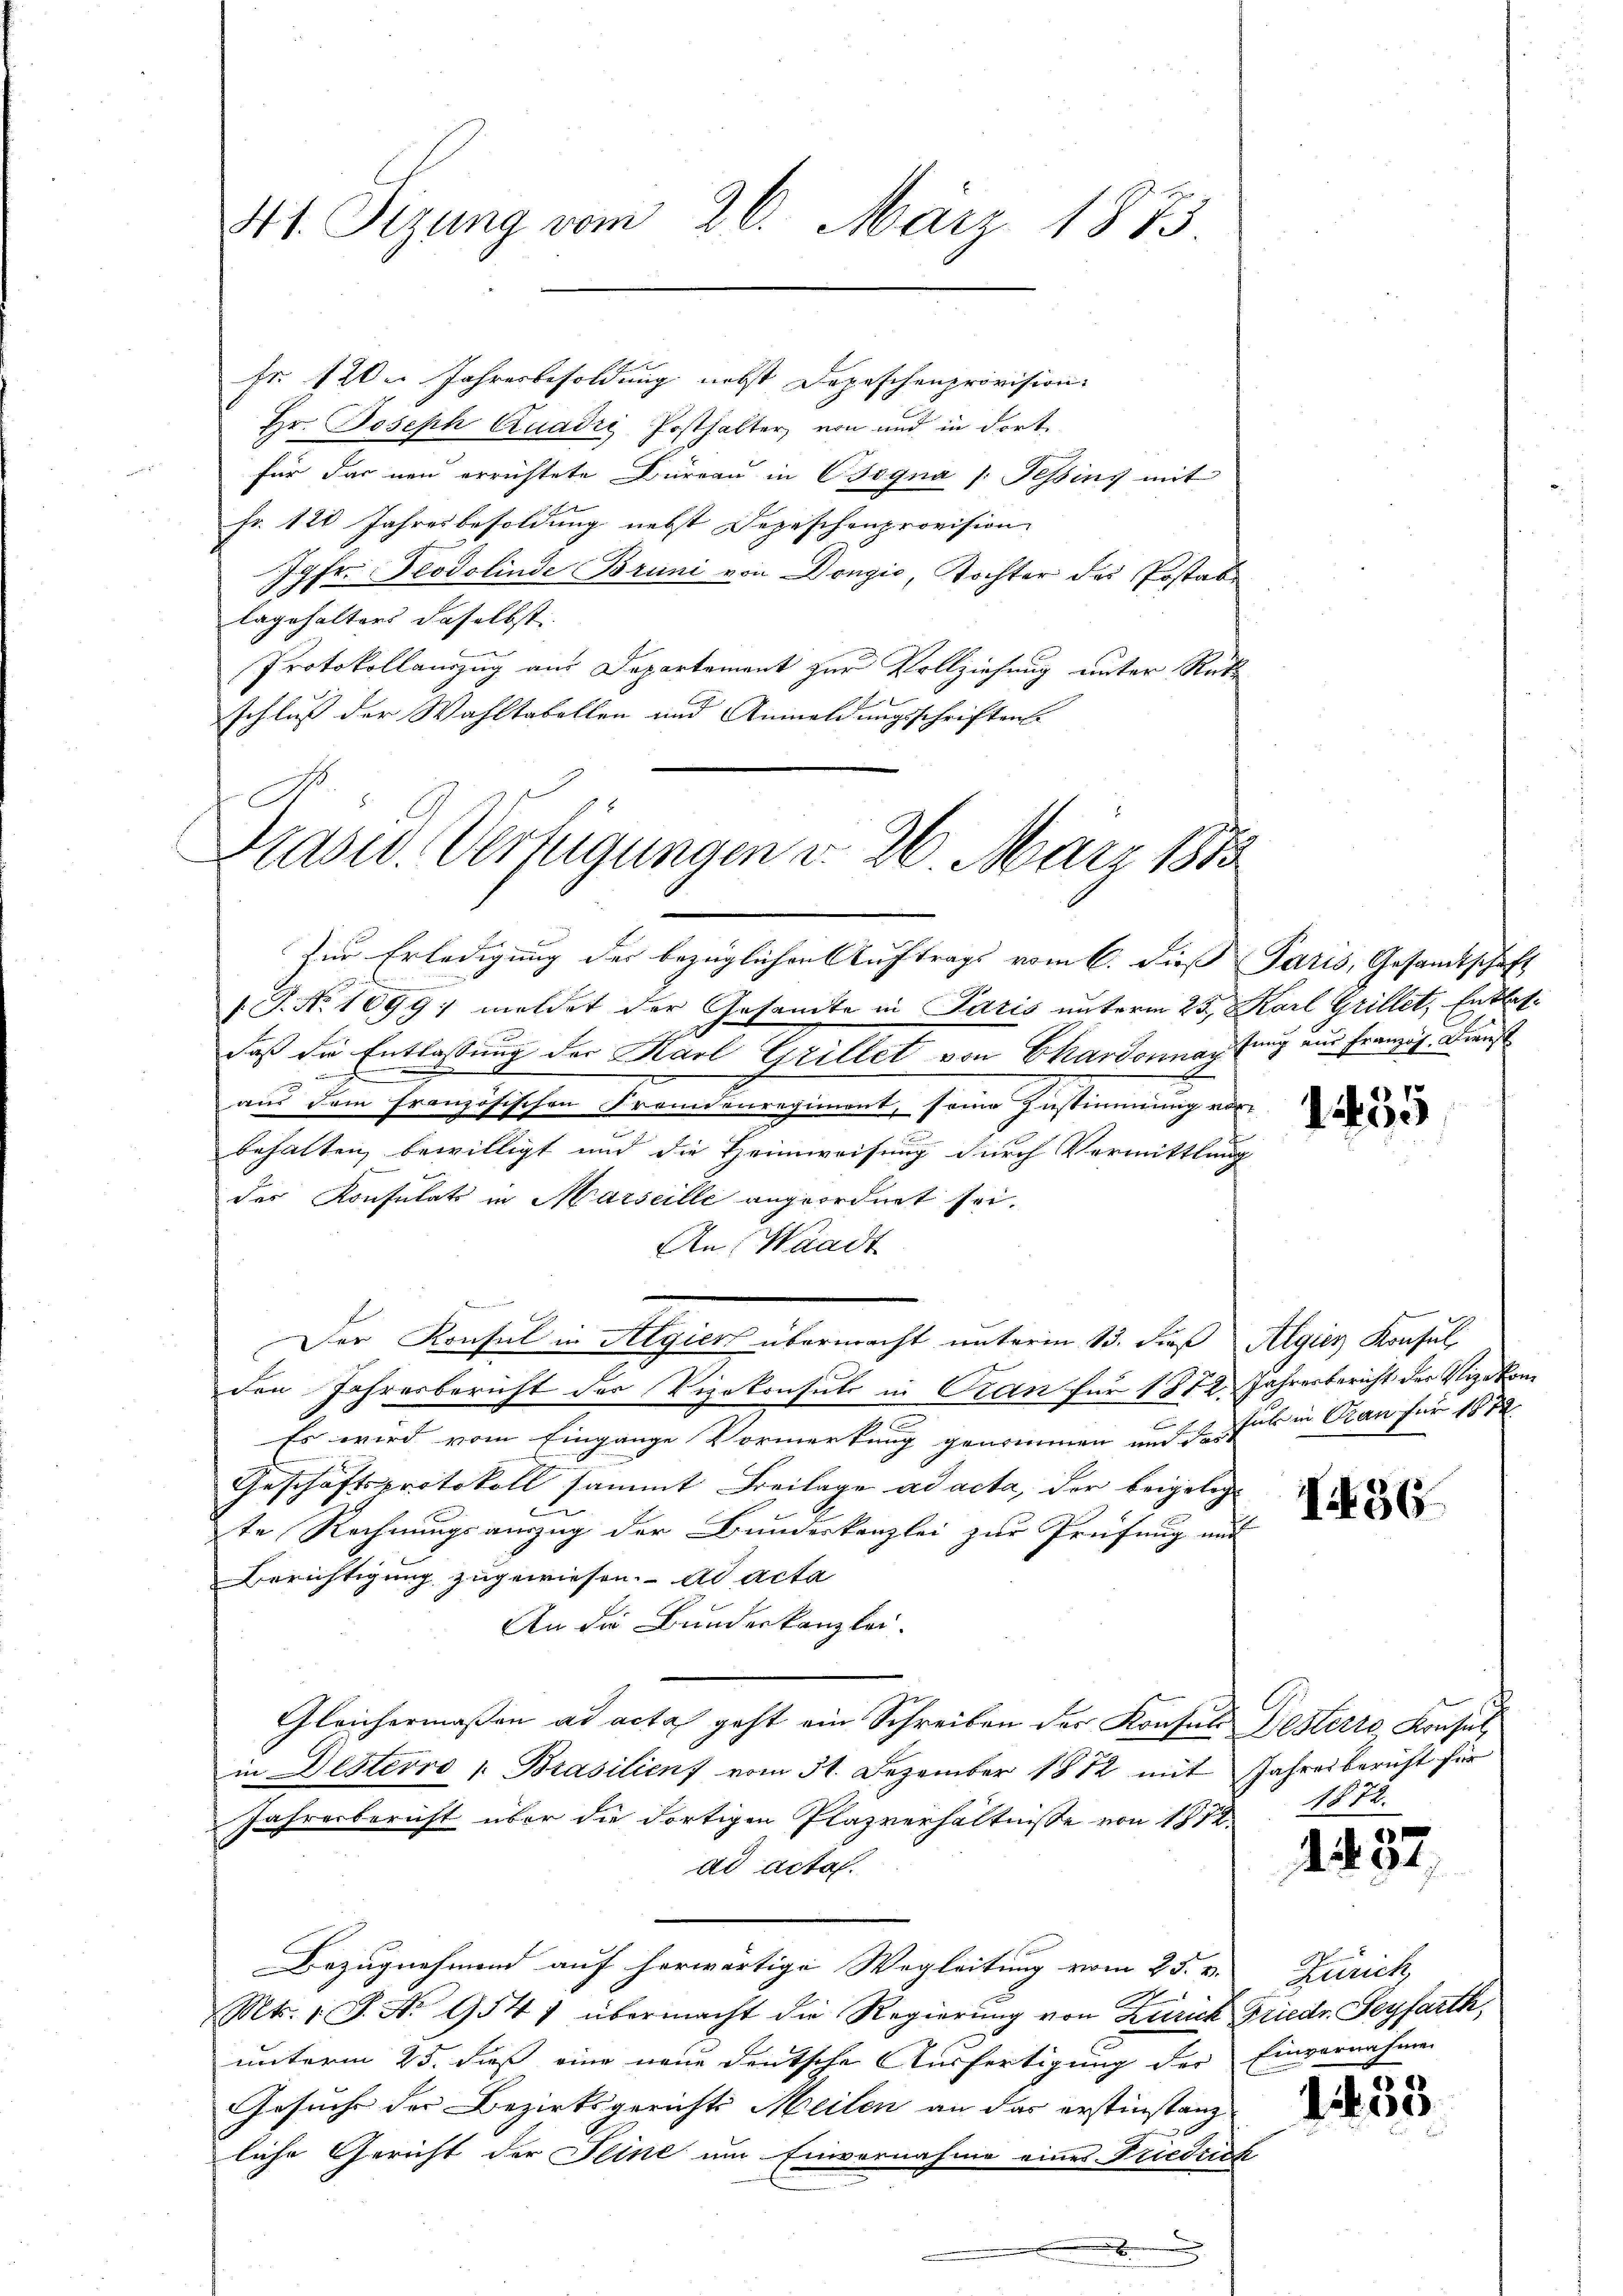
Mt. Tizung vom 26. März 1873.

Hr. Joseph Quadri Posthalter von und in dort.
für das neu errichtete Büreau in Cogna /: Tessiny mit
Fr. 120 Jahresbesoldung nebst Depeschenprovision
Jgfer Teodolinde Bruni von Dongić, Tochter des Postabe
lagehalters daselbst
Protokollauszug aus Departement zur Vollziehung unter Rück
schluß der Wahltabellen und Anmeldungsschriften
Prasid. Verfügungen d. 26. März 1873

fr. 120. Jahresbesoldung nebst Depeschenprovision.

Zur Erledigung der bezüglichen Auftrags vom 6. dieß Paris, Gesamtschaft

.
/. J. No. 1699; meldet der Gesamte in Paris unterm 25., Karl Grillet. Entlasse
daß die Entlassung der Karl Grillet von Chardonnanfang aus Französ. Dienst
.
ag
.
aus dem französischen Fremdenregiment, seine Zustimmung vorbehalten bewilligt und die Heimweisung durch Vermittlung
des Konsulats in Marseille angeordnet sei.
An Waadt
Der Konsul in Algier übermacht unterm 13. daß Algien Konsul,
den Jahresbericht der Vizekonsuls in Pran für 1872 Jahresbericht der Vizekon
3
.
Es wird vom Eingange Vormerkung genommen und der fur in Pran für 1882
Geschäftsprotokoll sammt Freilage ad acta, der beigeleg
e
te Rechnungsauszug der Bunderkanzlei zur Prüfung und
Berichtigung zugewiesen. ad acta
An die Bundeskanzlei.
Gleichermaßen ad acta geht ein Schreiben der Konsuls Besterro, Konsul,
in Desterro 1. Brasilienf vom 31. Dezember 1882 mit Jahresbericht für
Jahresbericht über die dortigen Plazverhältnisse von 1812
ad acta.
Bezugnehmend auf herwärtige Wegleitung vom 25. v.
Mts. 1 S. Nr. 954) übermacht die Regierung von Zürich Friedr. Seyfarth,
unterm 25. dieß eine neue deutsche Ausfertigung der Einvernahmen
Gesuche der Bezirksgerichts Meilen an das erstinstanz
liche Gericht der Seine um Einvernahme eines Friedrich

1255

I436.

1872.

2237.

Zürich
65
1400